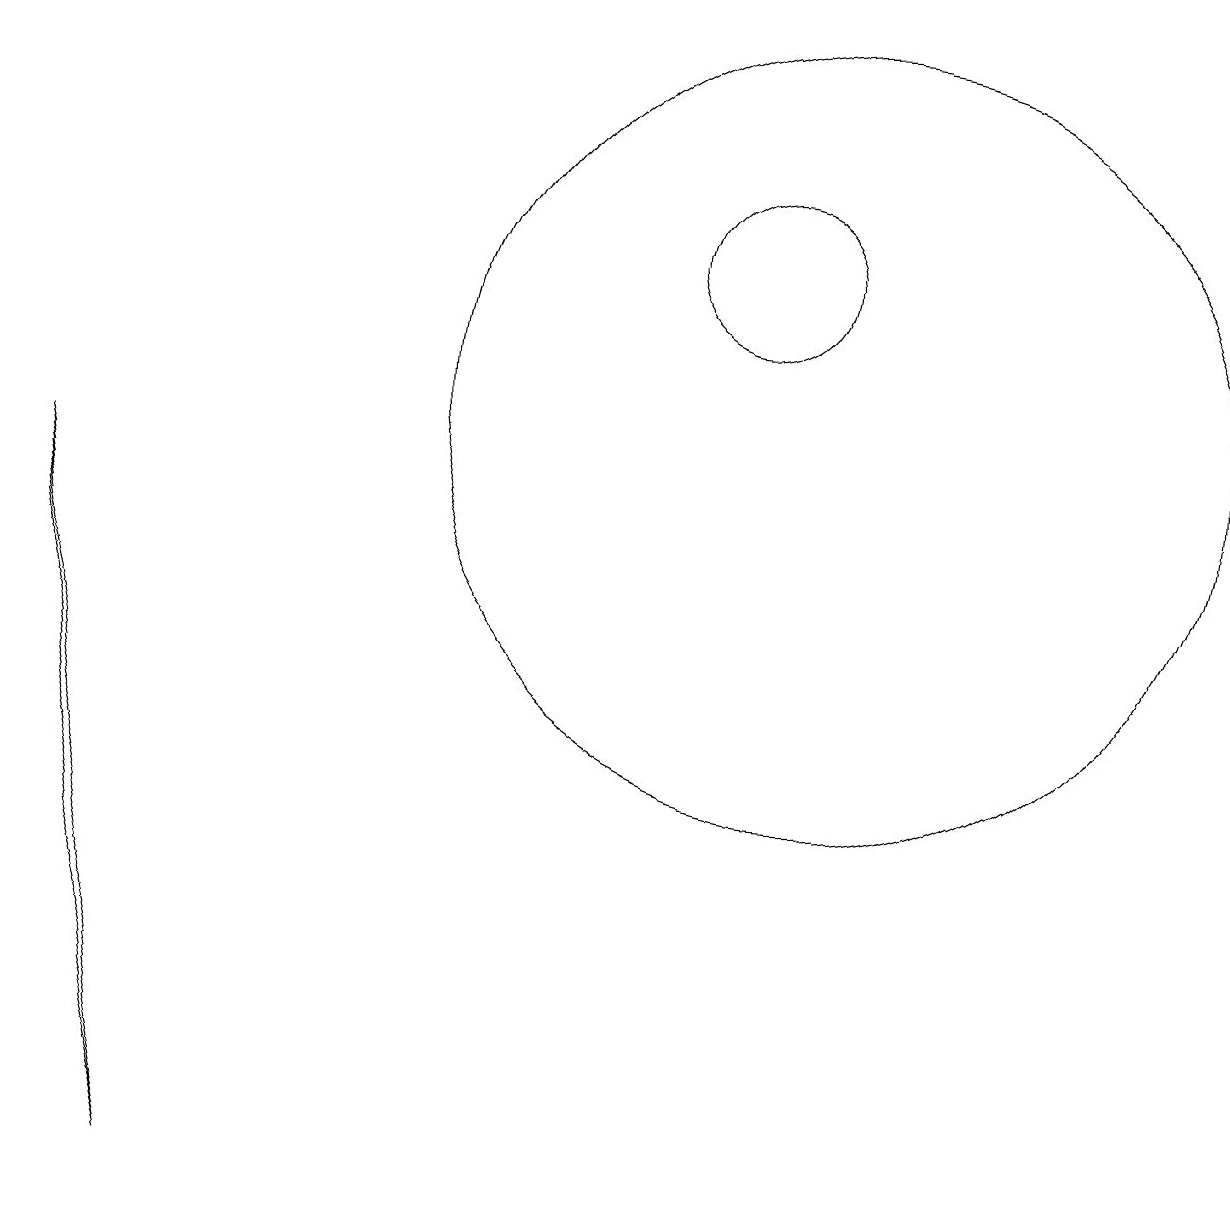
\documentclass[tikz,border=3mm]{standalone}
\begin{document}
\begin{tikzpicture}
\draw (10,12) circle (1);
\draw (11,10) circle (5);
\draw (3,0) -- (1,9) -- (2,4) -- cycle;
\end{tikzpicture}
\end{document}